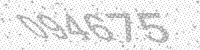
Solution: 094675